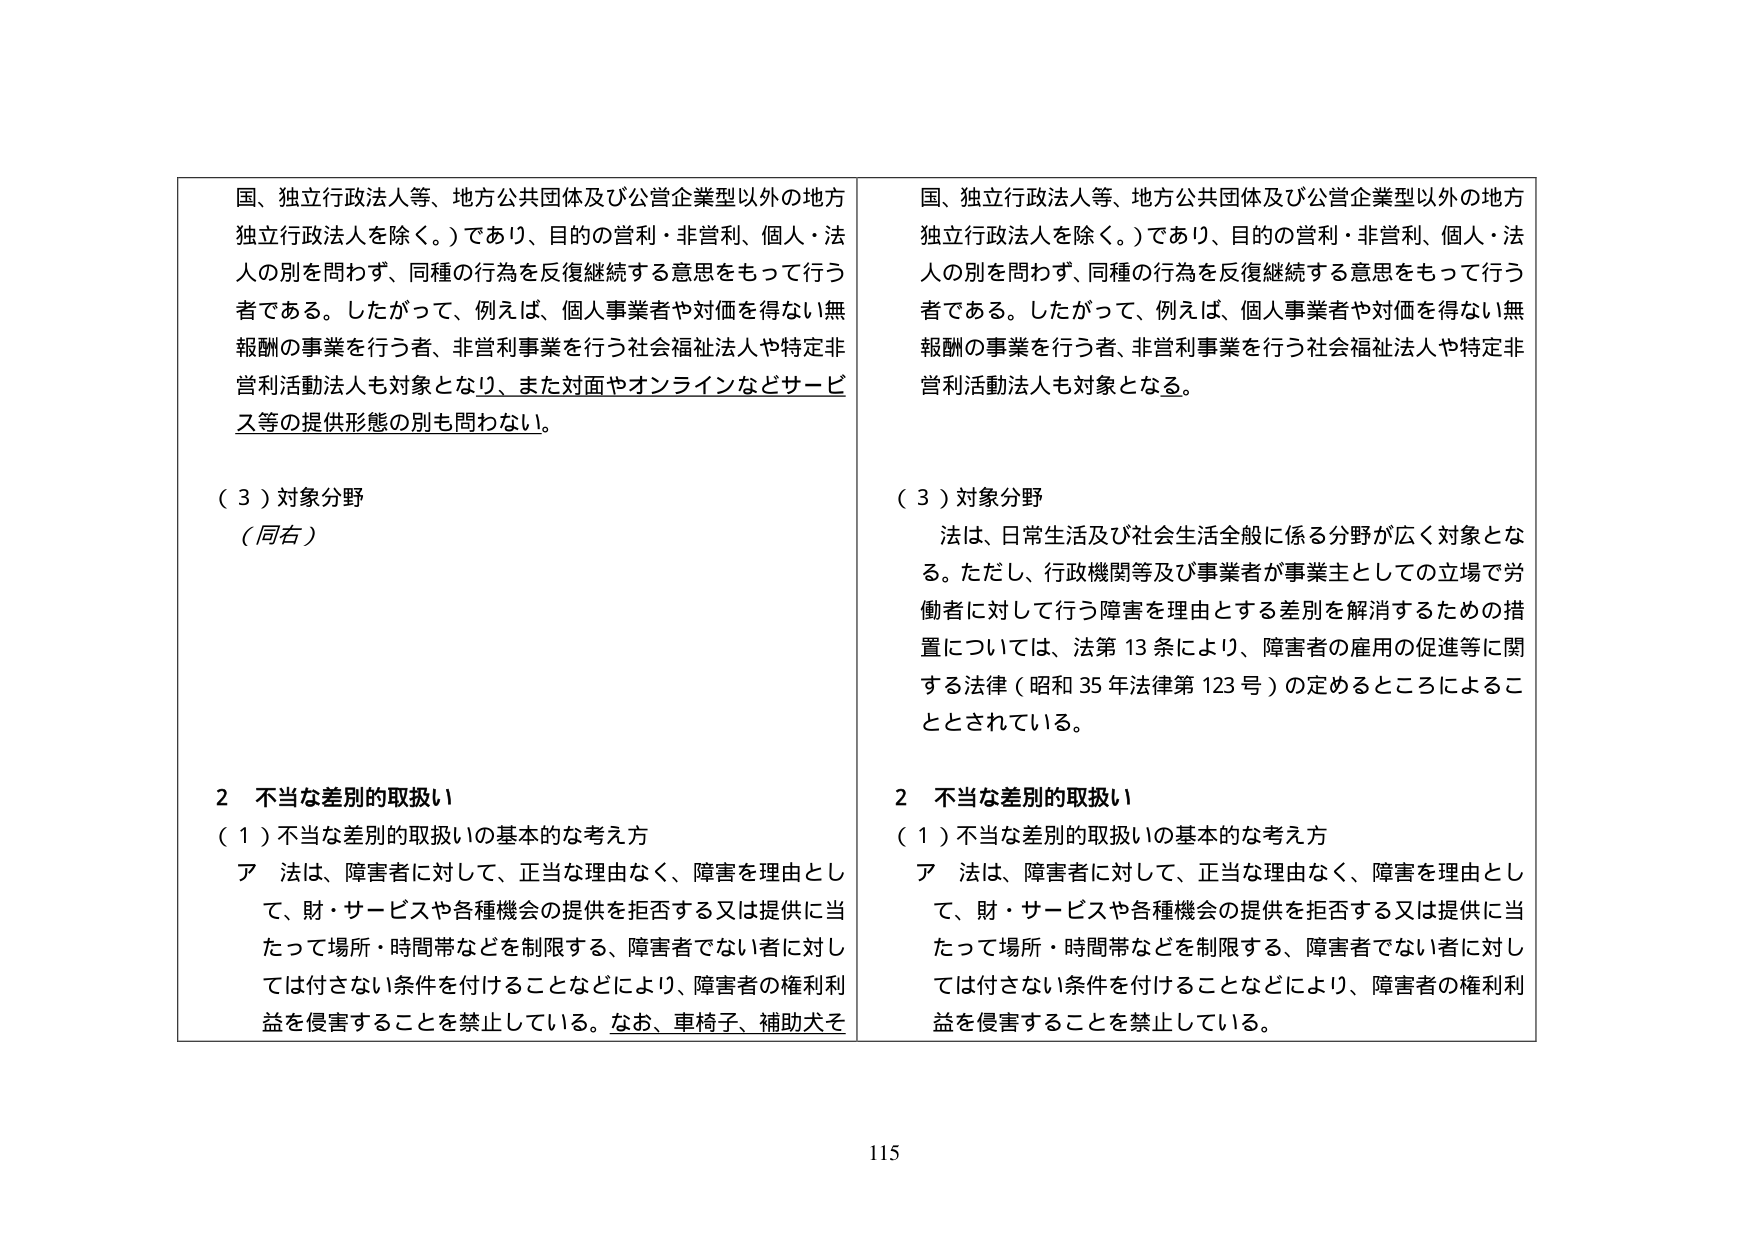
国、独立行政法人等、地方公共団体及び公営企業型以外の地方独立行政法人を除く。）であり、目的の営利・非営利、個人・法人の別を問わず、同種の行為を反復継続する意思をもって行う者である。したがって、例えば、個人事業者や対価を得ない無報酬の事業を行う者、非営利事業を行う社会福祉法人や特定非営利活動法人も対象となり、また対面やオンラインなどサービス等の提供形態の別も問わない。

（３）対象分野
（同右）

２ 不当な差別的取扱い
（１）不当な差別的取扱いの基本的な考え方
ア 法は、障害者に対して、正当な理由なく、障害を理由として、財・サービスや各種機会の提供を拒否する又は提供に当たって場所・時間帯などを制限する、障害者でない者に対しては付さない条件を付けることなどにより、障害者の権利利益を侵害することを禁止している。なお、車椅子、補助犬そ

国、独立行政法人等、地方公共団体及び公営企業型以外の地方独立行政法人を除く。）であり、目的の営利・非営利、個人・法人の別を問わず、同種の行為を反復継続する意思をもって行う者である。したがって、例えば、個人事業者や対価を得ない無報酬の事業を行う者、非営利事業を行う社会福祉法人や特定非営利活動法人も対象となる。

（３）対象分野
法は、日常生活及び社会生活全般に係る分野が広く対象となる。ただし、行政機関等及び事業者が事業主としての立場で労働者に対して行う障害を理由とする差別を解消するための措置については、法第13条により、障害者の雇用の促進等に関する法律（昭和35年法律第123号）の定めるところによることとされている。

２ 不当な差別的取扱い
（１）不当な差別的取扱いの基本的な考え方
ア 法は、障害者に対して、正当な理由なく、障害を理由として、財・サービスや各種機会の提供を拒否する又は提供に当たって場所・時間帯などを制限する、障害者でない者に対しては付さない条件を付けることなどにより、障害者の権利利益を侵害することを禁止している。

115